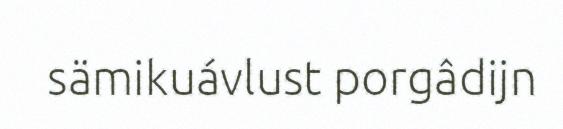
sämikuávlust porgâdijn